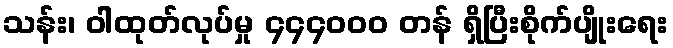
သန်း၊ ဝါထုတ်လုပ်မှု ၄၄၄၀၀၀ တန် ရှိပြီးစိုက်ပျိုးရေး